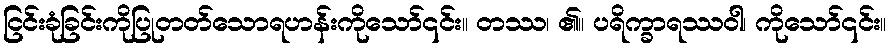
ငြင်းခုံခြင်းကိုပြုတတ်သောရဟန်းကိုသော်၎င်း။ တဿ၊ ၏။ ပရိက္ခာရဿဝါ၊ ကိုသော်၎င်း။